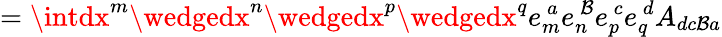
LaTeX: =\intdx^{m}\wedgedx^{n}\wedgedx^{p}\wedgedx^{q}e_{m}^{\ a}e_{n}^{\ \mathcal{B}}e_{p}^{\ c}e_{q}^{\ d}A_{dc\mathcal{B}a}